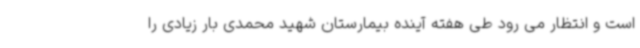
است و انتظار می رود طی هفته آینده بیمارستان شهید محمدی بار زیادی را